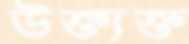
উক্ত্যক্ত